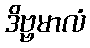
ဒိဗ္ဗမာလံ